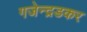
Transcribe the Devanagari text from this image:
गजेन्द्रडकर